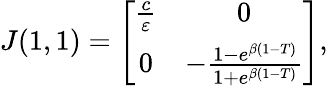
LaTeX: \begin{array}{r}{J(1,1)=\left[{\begin{array}{cc}{\frac{c}{\varepsilon}}&{0}\\ {0}&{-\frac{1-e^{\beta(1-T)}}{1+e^{\beta(1-T)}}}\end{array}}\right],}\end{array}